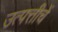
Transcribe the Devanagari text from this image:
उत्पत्तीचें